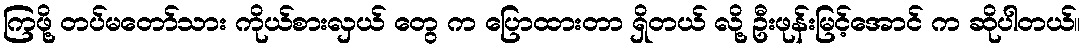
ကြဖို့ တပ်မတော်သား ကိုယ်စားလှယ် တွေ က ပြောထားတာ ရှိတယ် လို့ ဦးဖုန်းမြင့်အောင် က ဆိုပါတယ်။